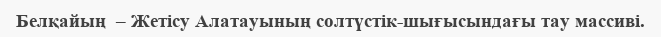
Белқайың  – Жетісу Алатауының солтүстік-шығысындағы тау массиві.